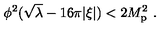
\phi ^ { 2 } ( \sqrt \lambda - 1 6 \pi | \xi | ) < 2 M _ { \mathrm { p } } ^ { 2 } \ .